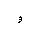
Letter: _waw